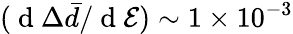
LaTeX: (\mathrm{~d~}\Delta\bar{d}/\mathrm{~d~}\mathcal{E})\sim 1\times 10^{-3}